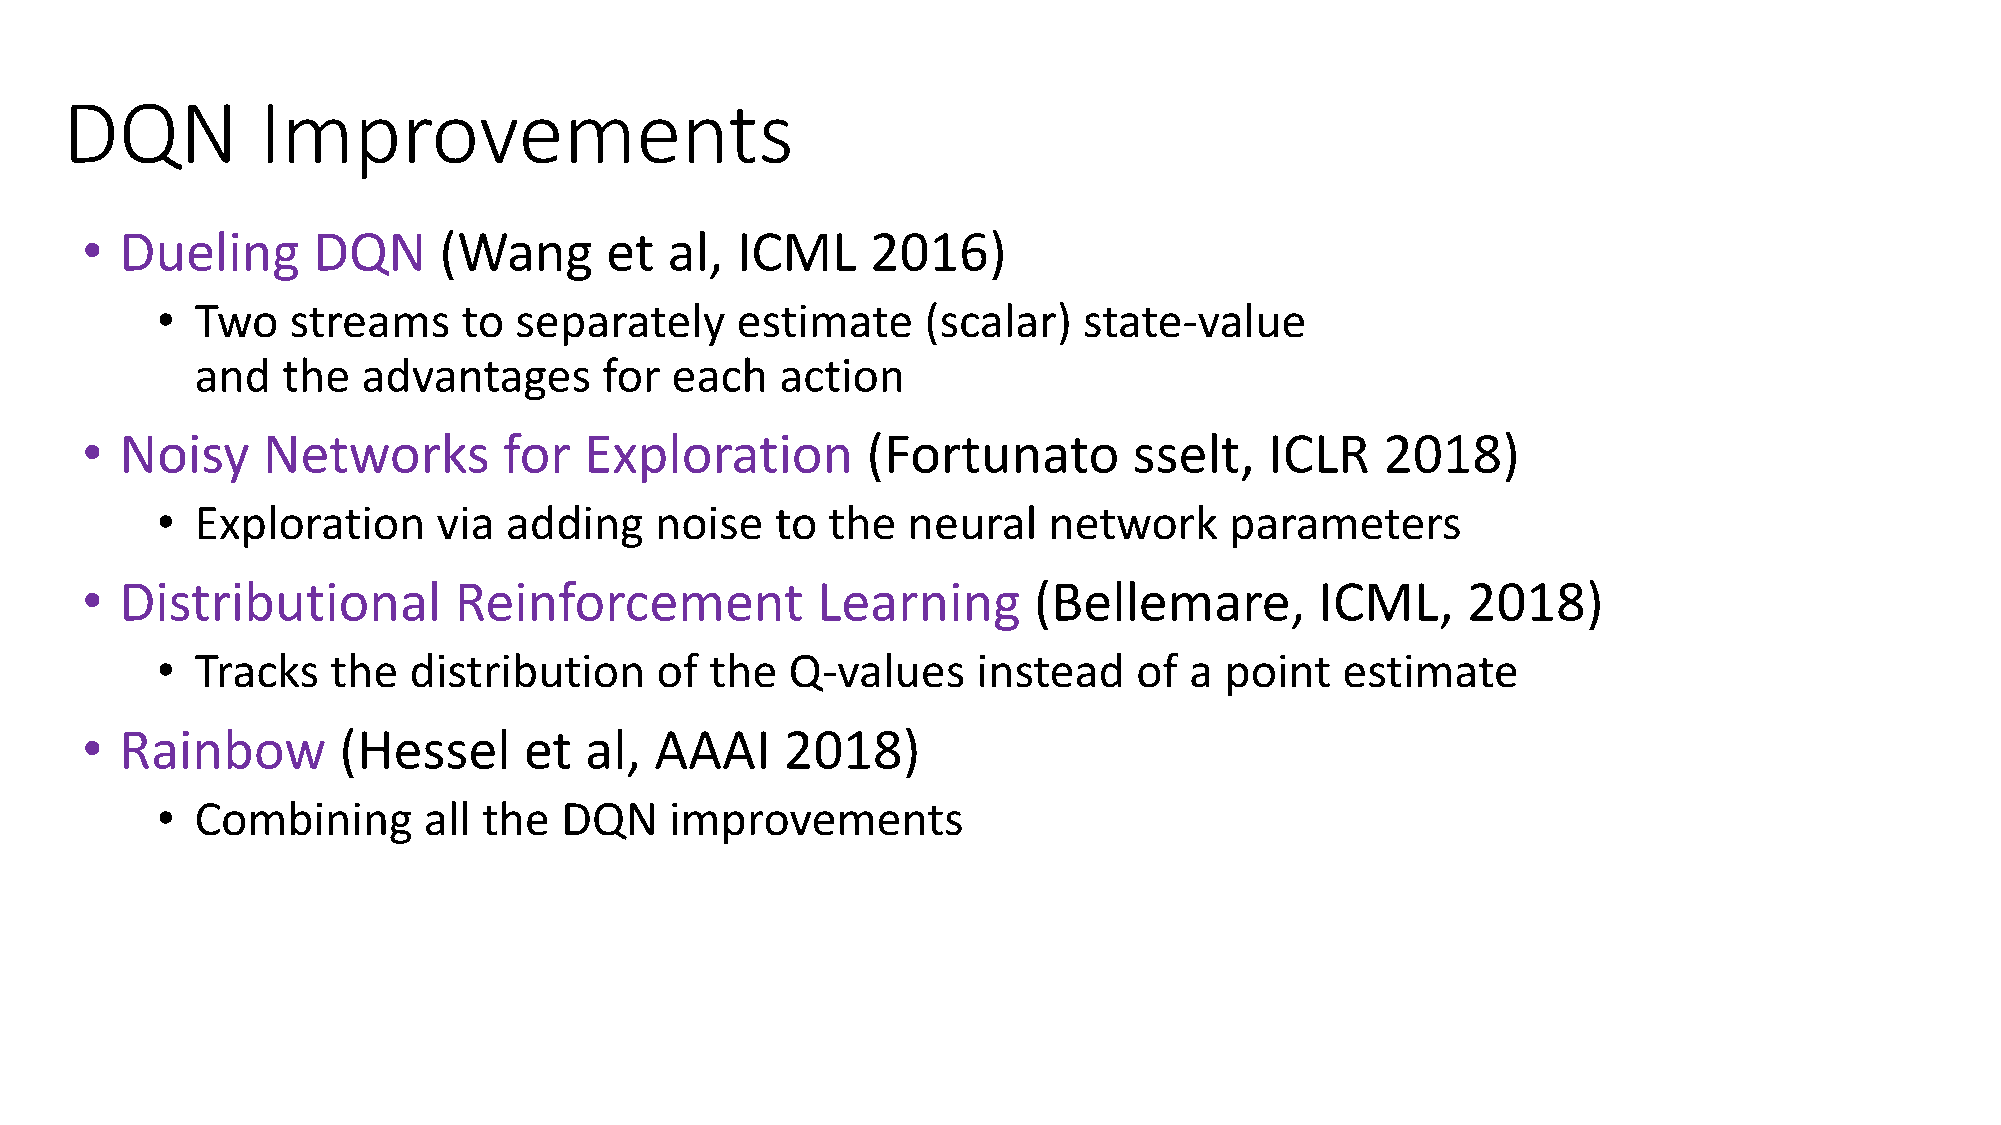
DQN          Improvements
 •  Dueling      DQN     (Wang      et  al,  ICML     2016)
 •  Two   streams     to separately     estimate    (scalar)   state-value
 and   the  advantages      for each    action
 •  Noisy    Networks        for   Exploration       (Fortunato        sselt,   ICLR    2018)
 •  Exploration     via adding    noise   to  the  neural   network     parameters
 •  Distributional        Reinforcement           Learning      (Bellemare,        ICML,     2018)
 •  Tracks   the  distribution    of  the  Q-values     instead   of  a point   estimate
 •  Rainbow       (Hessel      et  al, AAAI     2018)
 •  Combining      all the  DQN    improvements